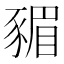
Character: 𮙣